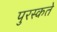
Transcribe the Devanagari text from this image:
पुरस्कते